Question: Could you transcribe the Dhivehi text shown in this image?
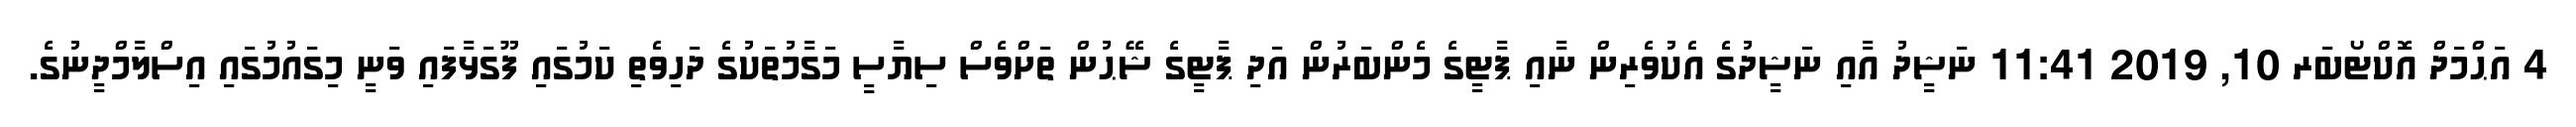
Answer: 4 އަޙްމަދް އޮކްޓޯބަރ 10, 2019 11:41 ނަޝީދު އާއި ނަޝީދުގެ އެކުވެރިން ނާއި ޕާޓީގެ މެންބަރުން އަދި ޕާޓީގެ ޝޭޙުން ތަށްވެސް ސިޔާސީ މަގާމުތަކުގެ ދަހިވެތި ކަމުގައި ފޫގަޅާފައި ވަނީ މިގައުމުގައި އިސްލާމްދީނުގެ.